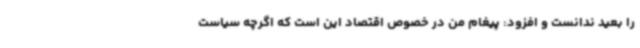
را بعید ندانست و افزود: پیغام من در خصوص اقتصاد این است که اگرچه سیاست